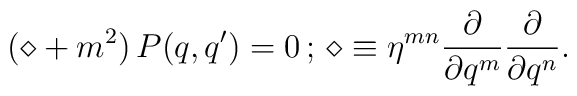
( \diamond +m^2)\,P(q,q' ) =0 \,;\, \diamond \equiv \eta^{mn}\frac{\partial}{\partial q^m} \frac{\partial}{\partial q^n}.